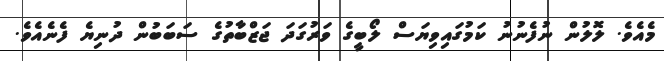
މެއެވެ. ލޮލުން ނުފެނުނު ކަމުގައިވިޔަސް ލޯބީގެ ވަރުގަދަ ޖަޒްބާތުގެ ސަބަބުން ދުނިޔެ ފެނެއެވެ.